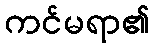
ကင်မရာ၏